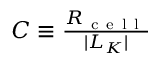
\begin{array} { r } { C \equiv \frac { R _ { \mathrm { ~ c ~ e ~ l ~ l ~ } } } { | L _ { K } | } } \end{array}